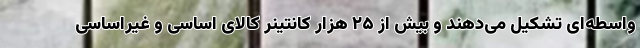
واسطه‌ای تشکیل می‌دهند و بیش از ۲۵ هزار کانتینر کالای اساسی و غیراساسی